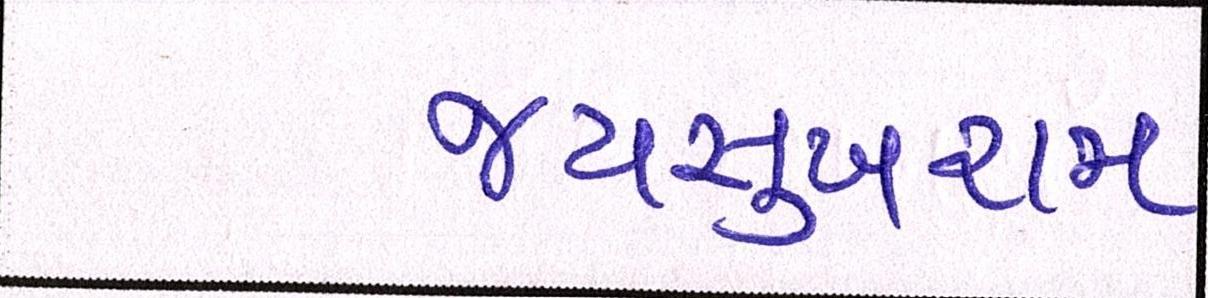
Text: જયસુખરામ